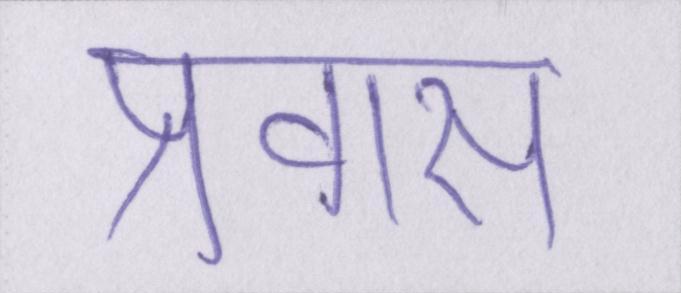
प्रवास